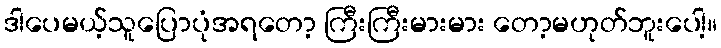
ဒါပေမယ့်သူပြောပုံအရတော့ ကြီးကြီးမားမား တော့မဟုတ်ဘူးပေါ့။